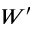
W ^ { \prime }